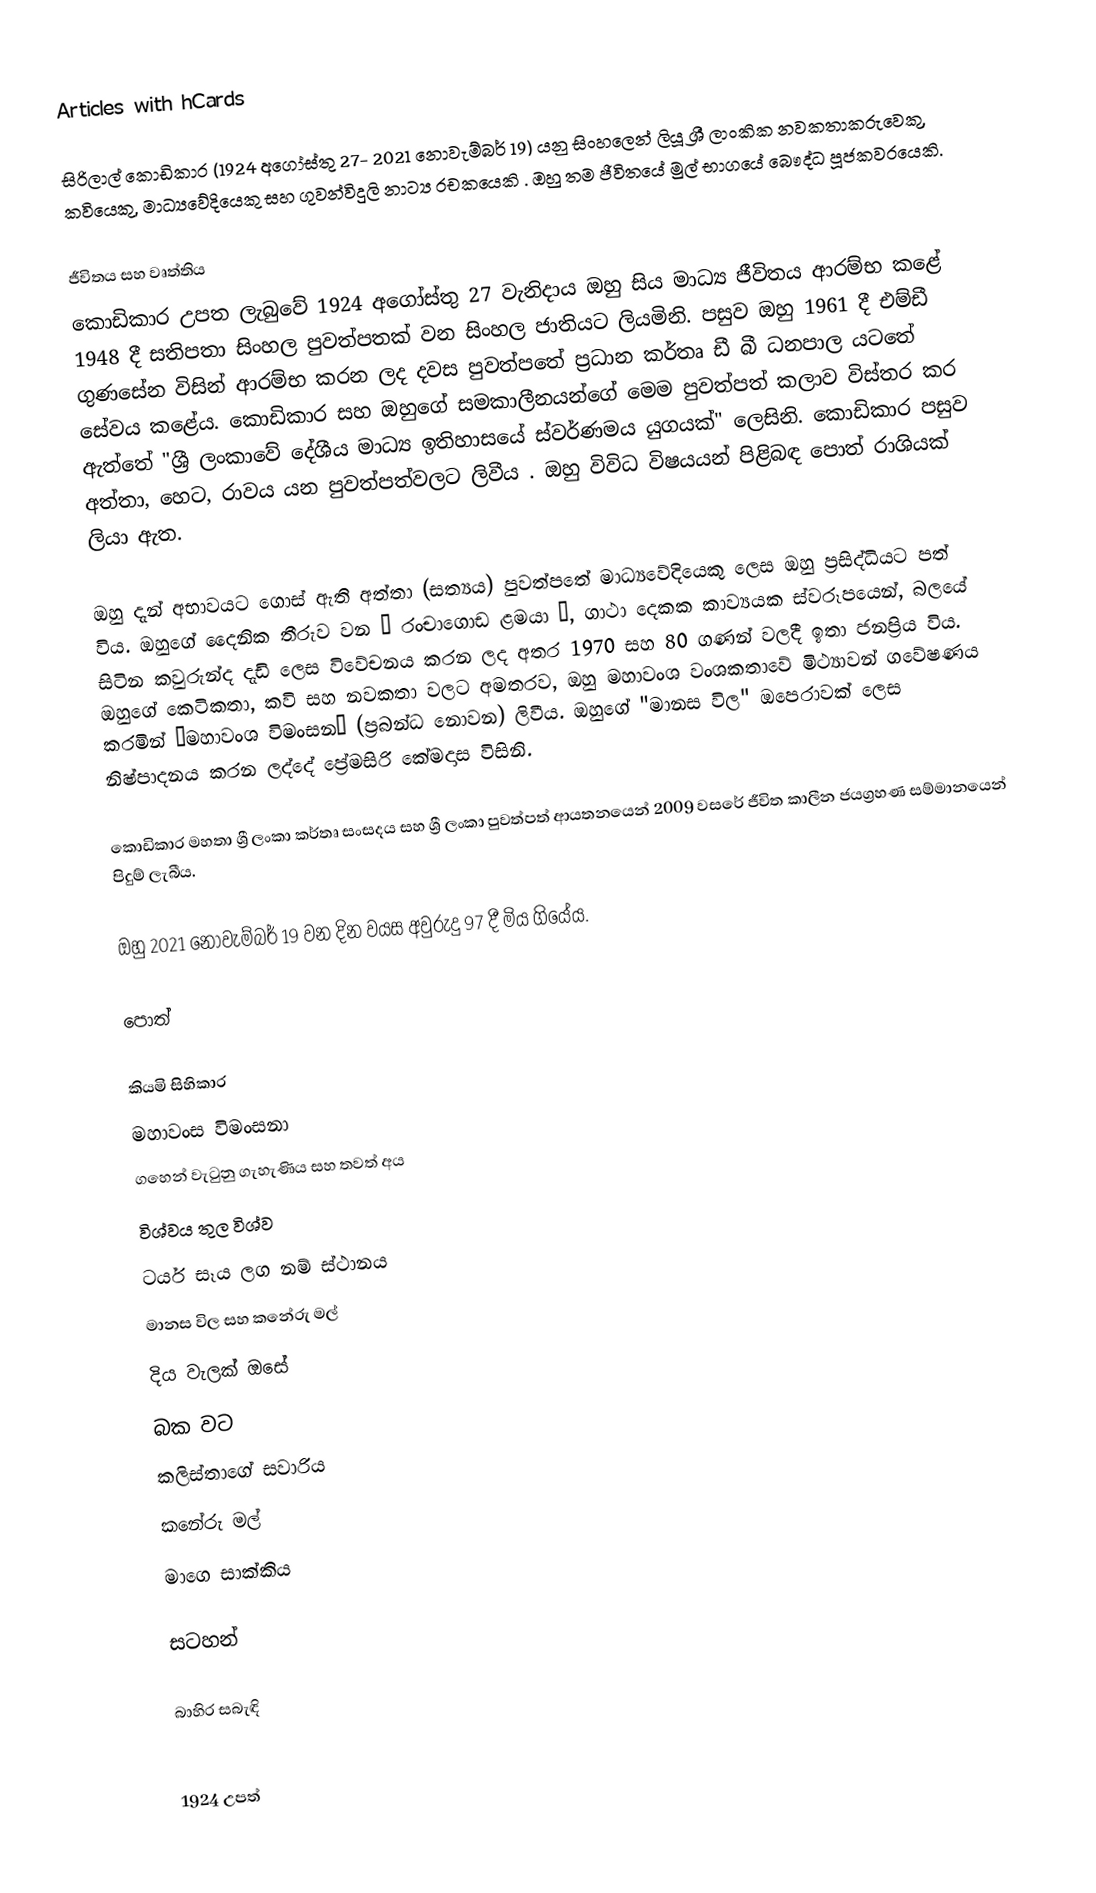
Articles with hCards

සිරිලාල් කොඩිකාර (1924 අගෝස්තු 27- 2021 නොවැම්බර් 19) යනු සිංහලෙන් ලියූ ශ්‍රී ලාංකික නවකතාකරුවෙකු, කවියෙකු, මාධ්‍යවේදියෙකු සහ ගුවන්විදුලි නාට්‍ය රචකයෙකි . ඔහු තම ජීවිතයේ මුල් භාගයේ බෞද්ධ පූජකවරයෙකි.

ජීවිතය සහ වෘත්තිය
කොඩිකාර උපත ලැබුවේ 1924 අගෝස්තු 27 වැනිදාය  ඔහු සිය මාධ්‍ය ජීවිතය ආරම්භ කළේ 1948 දී සතිපතා සිංහල පුවත්පතක් වන සිංහල ජාතියට ලියමිනි. පසුව ඔහු 1961 දී එම්ඩී ගුණසේන විසින් ආරම්භ කරන ලද දවස පුවත්පතේ ප්‍රධාන කර්තෘ ඩී බී ධනපාල යටතේ සේවය කළේය. කොඩිකාර සහ ඔහුගේ සමකාලීනයන්ගේ මෙම පුවත්පත් කලාව විස්තර කර ඇත්තේ "ශ්‍රී ලංකාවේ දේශීය මාධ්‍ය ඉතිහාසයේ ස්වර්ණමය යුගයක්" ලෙසිනි.  කොඩිකාර පසුව අත්තා, හෙට, රාවය යන පුවත්පත්වලට ලිවීය . ඔහු විවිධ විෂයයන් පිළිබඳ පොත් රාශියක් ලියා ඇත.

ඔහු දැන් අභාවයට ගොස් ඇති අත්තා (සත්‍යය) පුවත්පතේ මාධ්‍යවේදියෙකු ලෙස ඔහු ප්‍රසිද්ධියට පත් විය. ඔහුගේ දෛනික තීරුව වන “ රංචාගොඩ ළමයා ”, ගාථා දෙකක කාව්‍යයක ස්වරූපයෙන්, බලයේ සිටින කවුරුන්ද  දැඩි ලෙස විවේචනය කරන ලද අතර 1970 සහ 80 ගණන් වලදී ඉතා ජනප්‍රිය විය.  ඔහුගේ කෙටිකතා, කවි සහ නවකතා වලට අමතරව, ඔහු මහාවංශ වංශකතාවේ මිථ්‍යාවන් ගවේෂණය කරමින් “මහාවංශ විමංසන” (ප්‍රබන්ධ නොවන) ලිවීය. ඔහුගේ "මානස විල" ඔපෙරාවක් ලෙස නිෂ්පාදනය කරන ලද්දේ ප්‍රේමසිරි කේමදාස විසිනි.

කොඩිකාර මහතා ශ්‍රී ලංකා කර්තෘ සංසදය සහ ශ්‍රී ලංකා පුවත්පත් ආයතනයෙන් 2009 වසරේ ජීවිත කාලීන ජයග්‍රහණ සම්මානයෙන් පිදුම් ලැබීය.

ඔහු 2021 නොවැම්බර් 19 වන දින වයස අවුරුදු 97 දී මිය ගියේය.

පොත්

 කියමි සිහිකාර
 මහාවංස විමංසනා
 ගහෙන් වැටුනු ගැහැණිය සහ තවත් අය
 විශ්වය තුල විශ්ව
 ටයර් සෑය ලග නම් ස්ථානය
 මානස විල සහ කනේරු මල්
 දිය වැලක් ඔසේ
 බක වට
 කලිස්තාගේ සවාරිය
 කනේරු මල්
 මාගෙ සාක්කිය

සටහන්

බාහිර සබැඳි

1924 උපත්